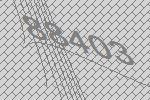
88403